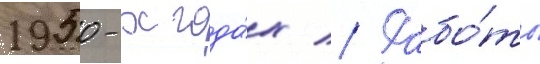
1950-х года́х // Рабо́ты